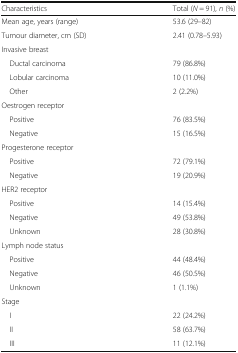
<table><thead><tr><td><b>Characteristics</b></td><td><b>Total (<i>N</i> = 91), <i>n</i> (%)</b></td></tr></thead><tbody><tr><td>Mean age, years (range)</td><td>53.6 (29–82)</td></tr><tr><td>Tumour diameter, cm (SD)</td><td>2.41 (0.78–5.93)</td></tr><tr><td colspan="2">Invasive breast</td></tr><tr><td> Ductal carcinoma</td><td>79 (86.8%)</td></tr><tr><td> Lobular carcinoma</td><td>10 (11.0%)</td></tr><tr><td> Other</td><td>2 (2.2%)</td></tr><tr><td colspan="2">Oestrogen receptor</td></tr><tr><td> Positive</td><td>76 (83.5%)</td></tr><tr><td> Negative</td><td>15 (16.5%)</td></tr><tr><td colspan="2">Progesterone receptor</td></tr><tr><td> Positive</td><td>72 (79.1%)</td></tr><tr><td> Negative</td><td>19 (20.9%)</td></tr><tr><td colspan="2">HER2 receptor</td></tr><tr><td> Positive</td><td>14 (15.4%)</td></tr><tr><td> Negative</td><td>49 (53.8%)</td></tr><tr><td> Unknown</td><td>28 (30.8%)</td></tr><tr><td colspan="2">Lymph node status</td></tr><tr><td> Positive</td><td>44 (48.4%)</td></tr><tr><td> Negative</td><td>46 (50.5%)</td></tr><tr><td> Unknown</td><td>1 (1.1%)</td></tr><tr><td colspan="2">Stage</td></tr><tr><td> I</td><td>22 (24.2%)</td></tr><tr><td> II</td><td>58 (63.7%)</td></tr><tr><td> III</td><td>11 (12.1%)</td></tr></tbody></table>